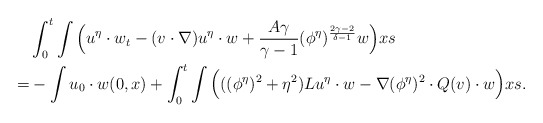
\begin{align*}&\int_0^t \int \Big(u^\eta\cdot w_t - (v\cdot \nabla) u^\eta \cdot w +\frac{A\gamma}{\gamma-1}(\phi^\eta)^{\frac{2\gamma-2}{\delta-1}}w \Big)xs\\=&-\int u_0 \cdot w(0,x)+\int_0^t \int \Big(((\phi^\eta)^2+\eta^2) Lu^\eta\cdot w-\nabla (\phi^\eta)^2 \cdot Q(v) \cdot w\Big) xs.\end{align*}